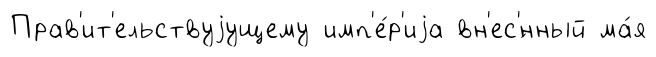
Прав'ит'ельствуjущему имп'е́р'иjа вн'ес'́нный ма́я